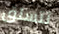
تتسلق